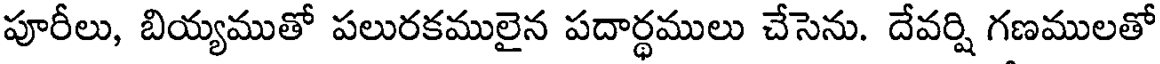
పూరీలు, బియ్యముతో పలురకములైన పదార్థములు చేసెను. దేవర్షి గణములతో